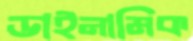
ডাইনামিক